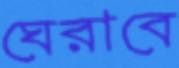
ঘেরাবে